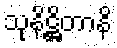
သုနိဋ္ဌိတာနိ